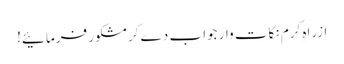
ازراہِ کرم نکات وار جواب دے کر مشکور فرمائیے!